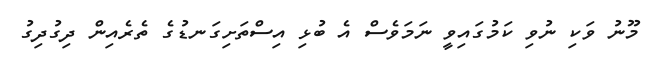
މޫނު ވަކި ނުވި ކަމުގައިވީ ނަމަވެސް އެ ބުޅި އިސްތަށިގަނޑުގެ ތެރެއިން ދިގުދިގު